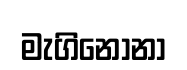
මැගිනෝනා